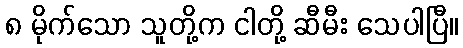
၈ မိုက်သော သူတို့က ငါတို့ ဆီမီး သေပါပြီ။